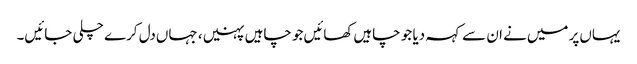
یہاں‌پر میں‌نے ان سے کہہ دیا جو چاہیں‌کھائیں‌جو چاہیں پہنیں، جہاں‌دل کرے چلی جائیں۔